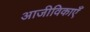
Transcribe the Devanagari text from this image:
आजीविकाएँ